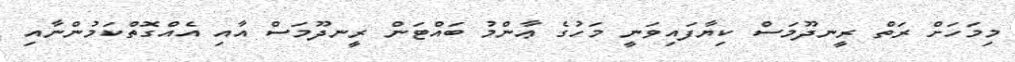
މިމަހަށް ރަތް ރީނދޫމަސް ކިޔާފައިވަނީ މަހުގެ ޢާންމު ބައްޓަން ރީނދޫމަސް އާއި އެެއްގޮތްކަމުންނާއި